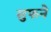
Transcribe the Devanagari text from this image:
सुफने